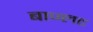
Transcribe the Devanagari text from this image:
बाज्लट